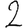
Digit: 2